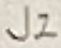
Text: J2